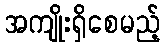
အကျိုးရှိစေမည့်